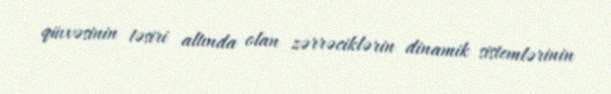
qüvvəsinin təsiri altında olan zərrəciklərin dinamik sistemlərinin